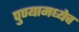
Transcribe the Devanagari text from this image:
पुण्यामध्येच